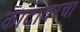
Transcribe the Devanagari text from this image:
काटावरचा